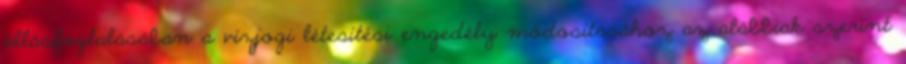
állásfoglalásában a vízjogi létesítési engedély módosításához az alábbiak szerint